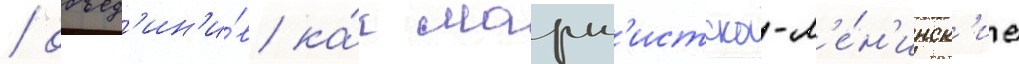
/ объед'ин'и́в ка́к маркс'истско-л'е́н'инск'ие